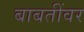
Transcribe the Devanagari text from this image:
बाबतींवर